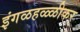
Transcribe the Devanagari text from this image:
इंगळहळ्ळीकर